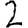
Digit: 2